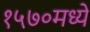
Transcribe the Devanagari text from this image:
१५७०मध्ये